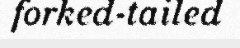
forked-tailed